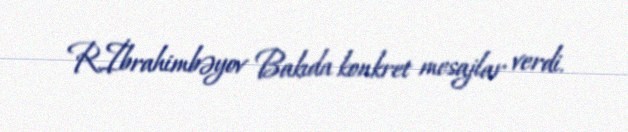
R.İbrahimbəyov Bakıda konkret mesajlar verdi.